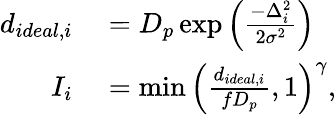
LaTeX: \begin{array}{rl}{d_{ideal,i}}&{{}=D_{p}\exp\left(\frac{-\Delta_{i}^{2}}{2\sigma^{2}}\right)}\\ {I_{i}}&{{}=\operatorname*{min}\left(\frac{d_{ideal,i}}{fD_{p}},1\right)^{\gamma},}\end{array}